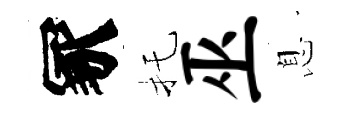
冢托巫息